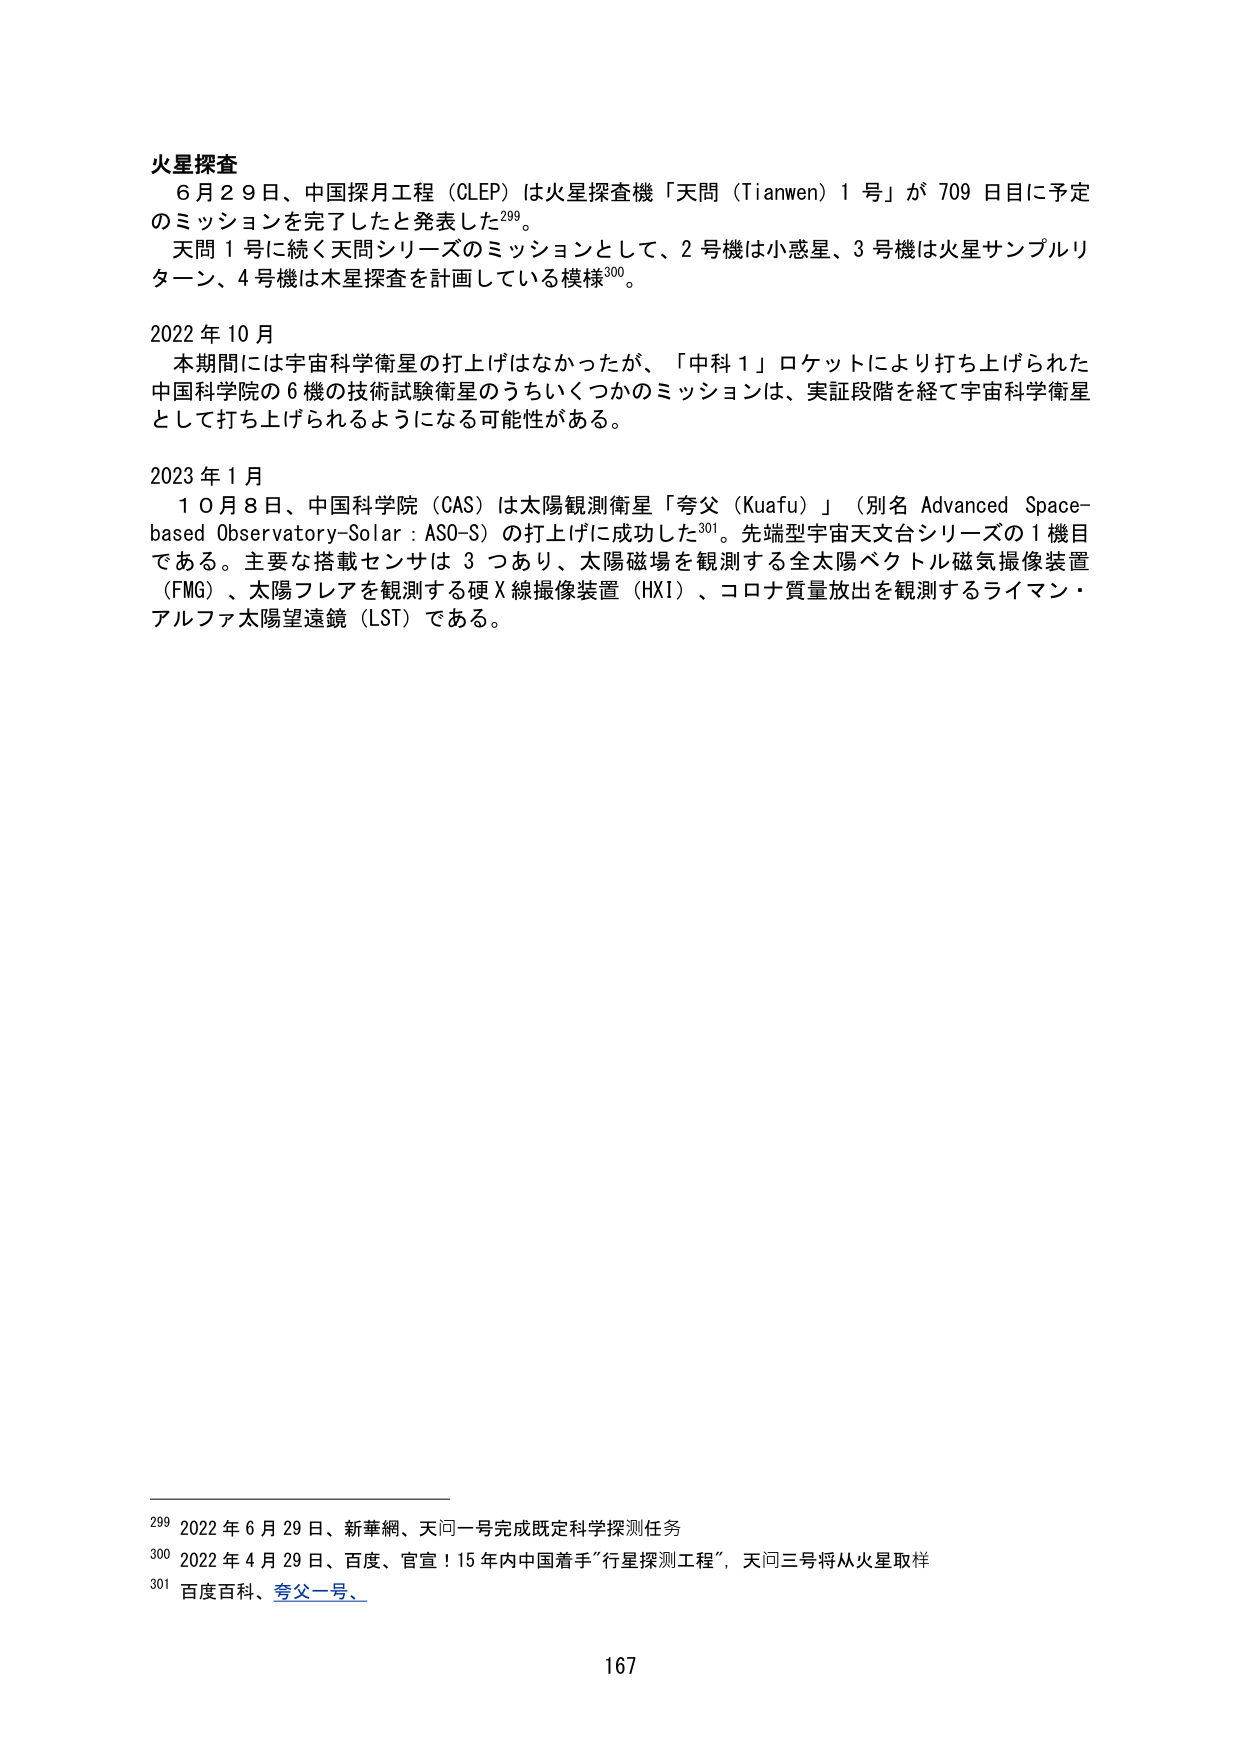
火星探査
６月２９日、中国探月工程（CLEP）は火星探査機「天問（Tianwen）１号」が７０９日目に予定のミッションを完了したと発表した²⁹⁹。
天問１号に続く天問シリーズのミッションとして、２号機は小惑星、３号機は火星サンプルリターン、４号機は木星探査を計画している模様³⁰⁰。

2022年10月
本期間には宇宙科学衛星の打上げはなかったが、「中科１」ロケットにより打ち上げられた中国科学院の６機の技術試験衛星のうちいくつかのミッションは、実証段階を経て宇宙科学衛星として打ち上げられるようになる可能性がある。

2023年1月
１０月８日、中国科学院（CAS）は太陽観測衛星「夸父（Kuafu）」（別名 Advanced Space-based Observatory-Solar : ASO-S）の打上げに成功した³⁰¹。先端型宇宙天文台シリーズの１機目である。主要な搭載センサは３つあり、太陽磁場を観測する全太陽ベクトル磁気撮像装置（FMG）、太陽フレアを観測する硬Ｘ線撮像装置（HXI）、コロナ質量放出を観測するライマン・アルファ太陽望遠鏡（LST）である。

²⁹⁹ 2022年6月29日、新華網、天问一号完成既定科学探测任务
³⁰⁰ 2022年4月29日、百度、官宣！15年内中国着手“行星探测工程”，天问三号将从火星取样
³⁰¹ 百度百科、夸父一号、

167